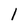
Character: l